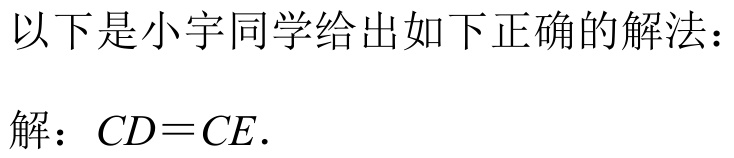
以下是小宇同学给出如下正确的解法：
解：\(CD = CE\).